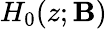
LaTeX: H_{0}(z;\mathbf{B})